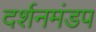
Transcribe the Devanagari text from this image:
दर्शनमंडप